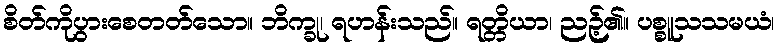
စိတ်ကိုပွားစေတတ်သော။ ဘိက္ခု၊ ရဟန်းသည်။ ရတ္တိယာ၊ ညဉ့်၏။ ပစ္စူသသမယံ၊